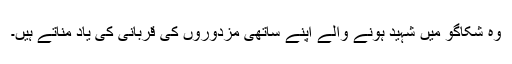
وہ شکاگو میں شہید ہونے والے اپنے ساتھی مزدوروں کی قربانی کی یاد مناتے ہیں۔